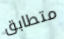
متطابق